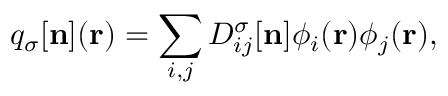
{ \displaystyle { q } _ { \sigma } [ { \bf n } ] ( { \bf r } ) = \sum _ { i , j } D _ { i j } ^ { \sigma } [ { \bf n } ] \phi _ { i } ( { \bf r } ) \phi _ { j } ( { \bf r } ) } ,